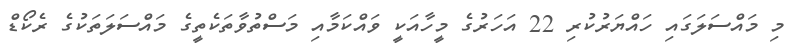
މި މައްސަލަގައި ހައްޔަރުކުރި 22 އަހަރުގެ މީހާއަކީ ވައްކަމާއި މަސްތުވާތަކެތީގެ މައްސަލަތަކުގެ ރެކޯޑް